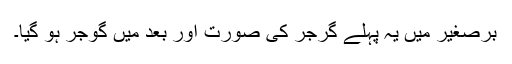
برصغیر میں یہ پہلے گرجر کی صورت اور بعد میں گوجر ہو گیا۔